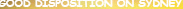
GOOD DISPOSITION ON SYDNEY